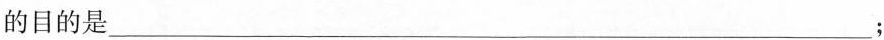
的目的是____；